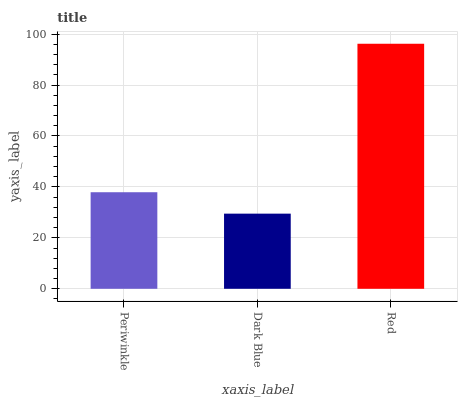
| xaxis_label | bars |
 | --- | --- |
 | Periwinkle | 37.9 |
 | Dark Blue | 29.5 |
 | Red | 96.2 |